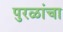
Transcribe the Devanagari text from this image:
पुरळांचा